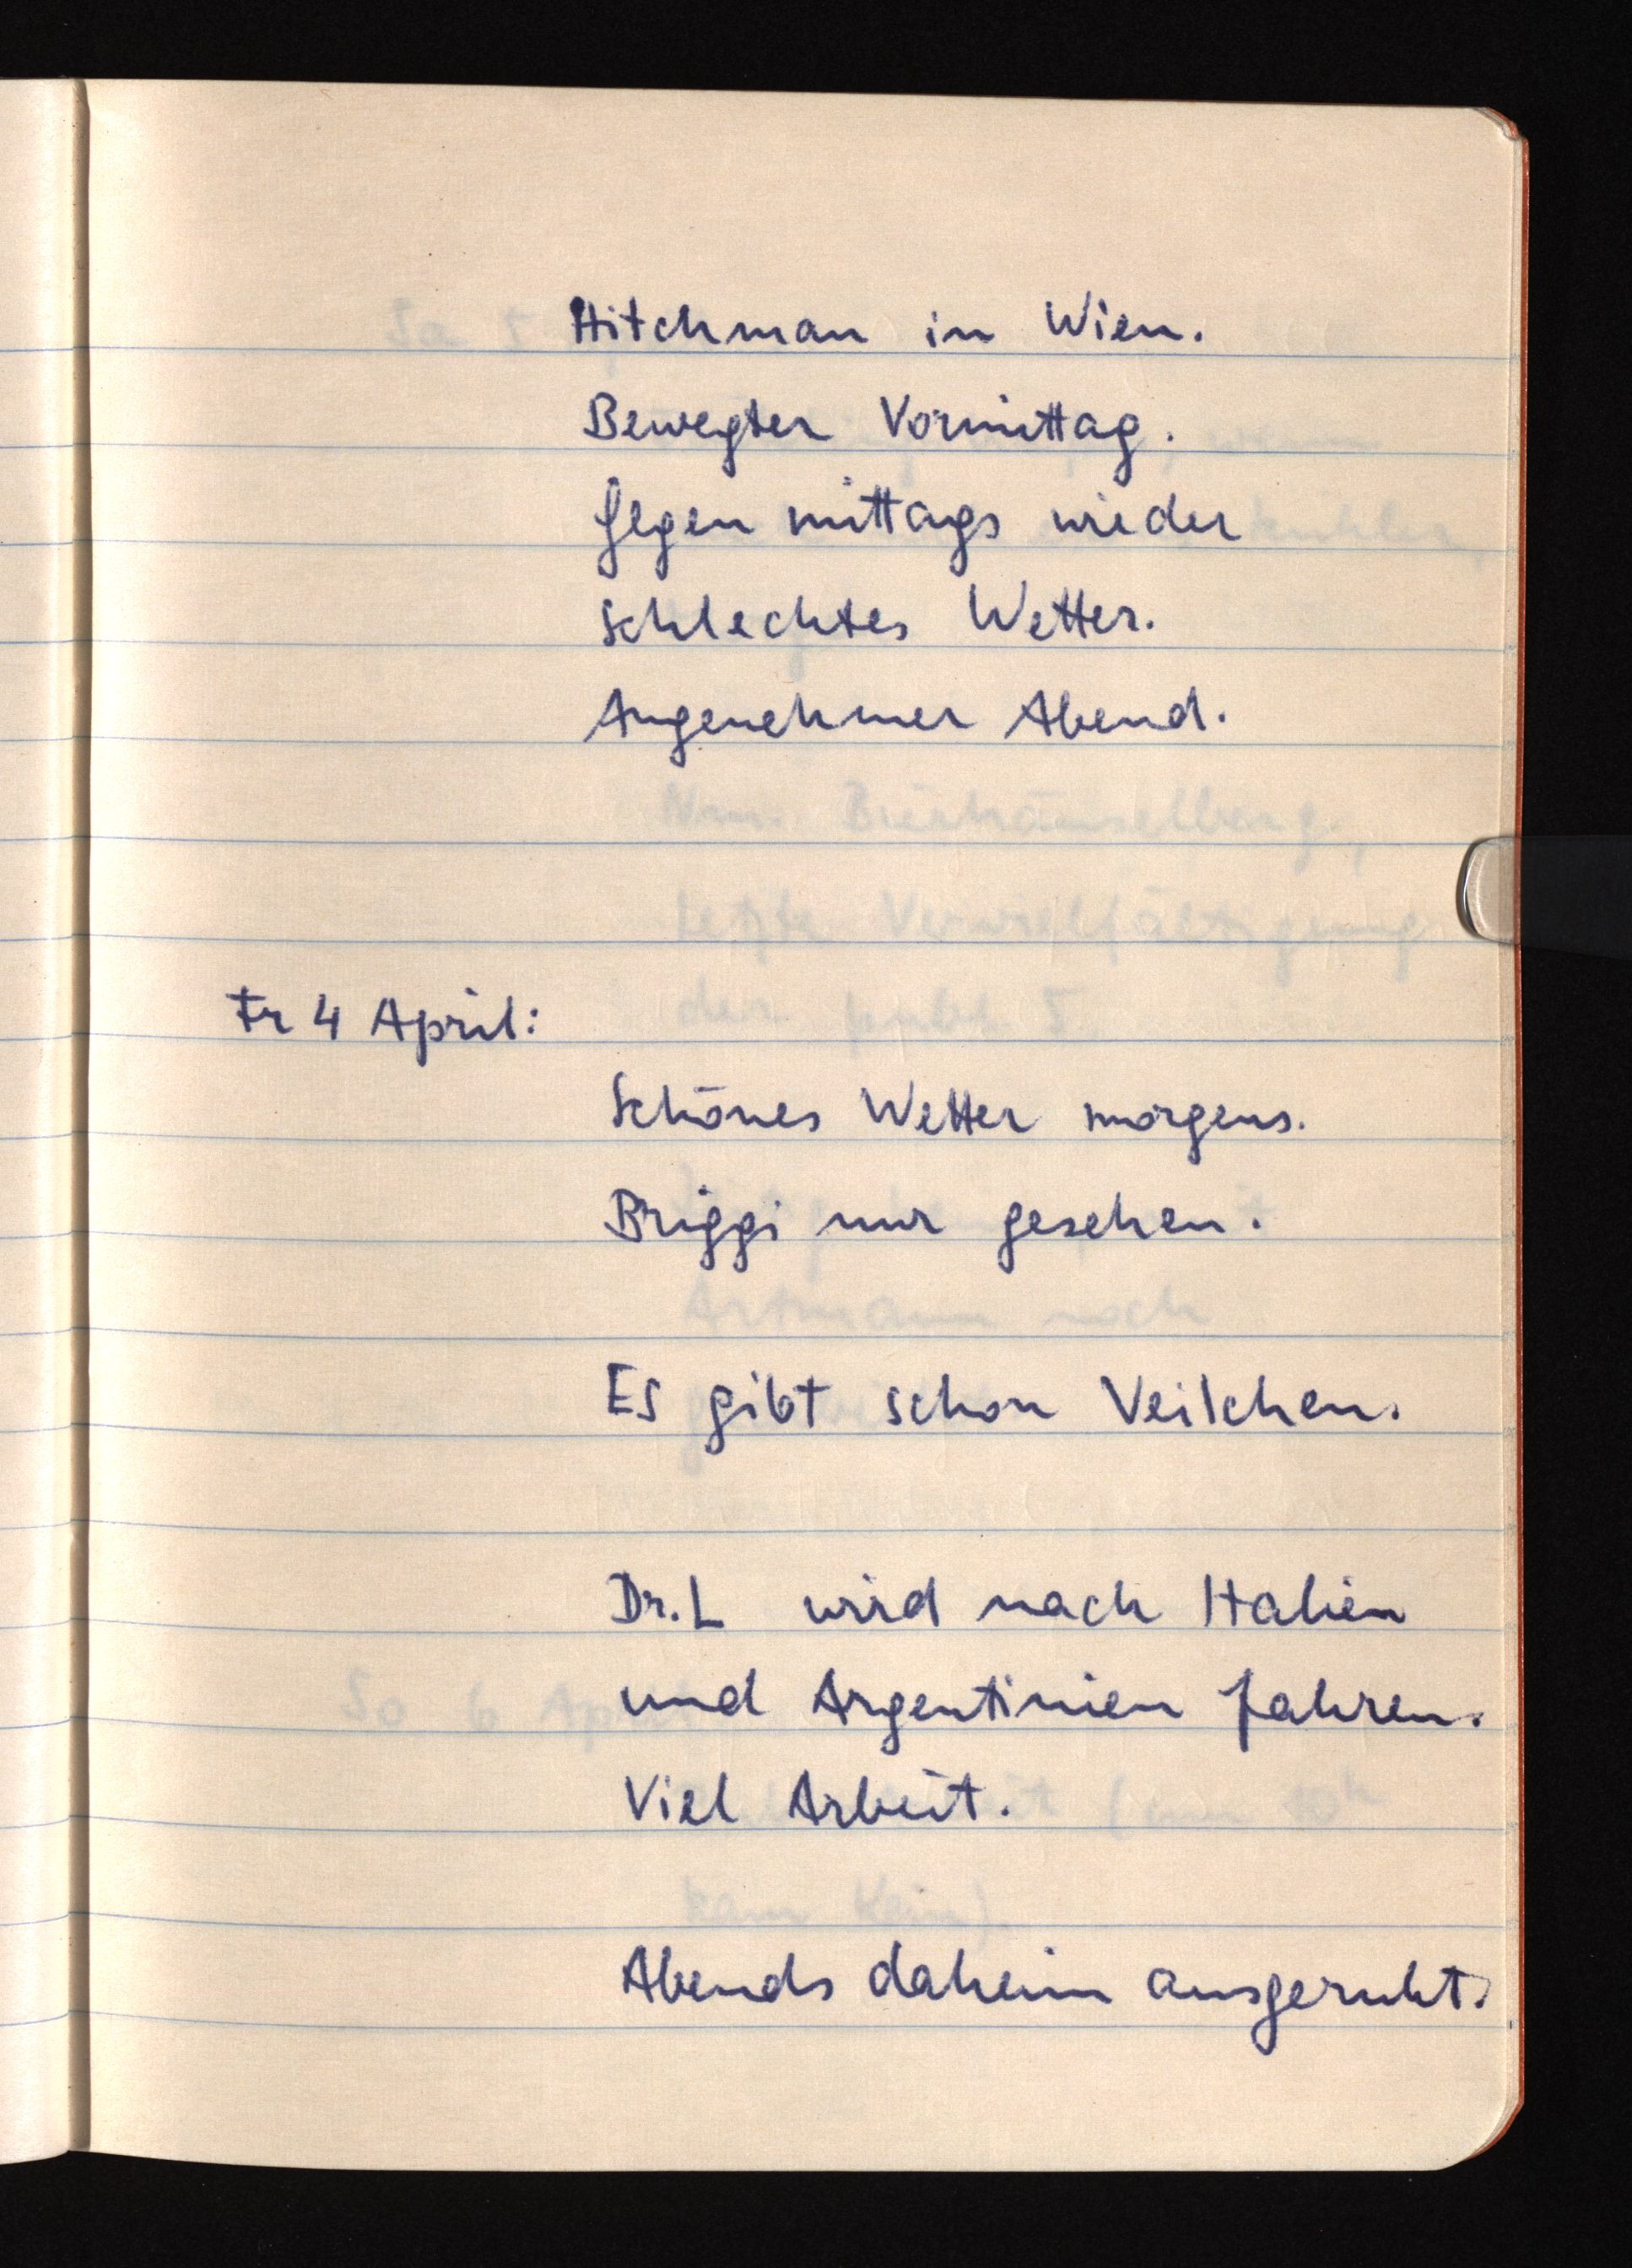
Hitchman in Wien.
Bewegter Vormittag.
Gegen mittags wieder
schlechtes Wetter.
Angenehmer Abend.
Fr 4 April:
Schönes Wetter morgens.
Briggi nur gesehen.
Es gibt schon Veilchen.
Dr. L wird nach Italien
und Argentinien fahren.
Viel Arbeit.
Abends daheim ausgeruht.